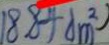
1 8 . 8 4 d m ^ { 2 } )